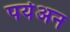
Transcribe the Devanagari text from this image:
पर्यअन